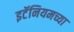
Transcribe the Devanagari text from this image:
इटॅनियमच्या